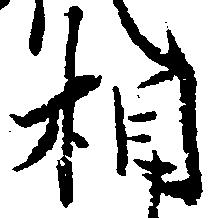
相